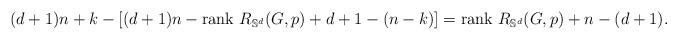
LaTeX: \begin{align*}(d+1)n+k-[(d+1)n-{\rm rank}\ R_{\mathbb{S}^{d}}(G,p)+d+1-(n-k)]={\rm rank}\ R_{\mathbb{S}^{d}}(G,p)+n-(d+1).\end{align*}